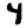
Digit: 4